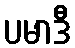
ပမာဒီ